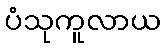
ပံသုကူလာယ